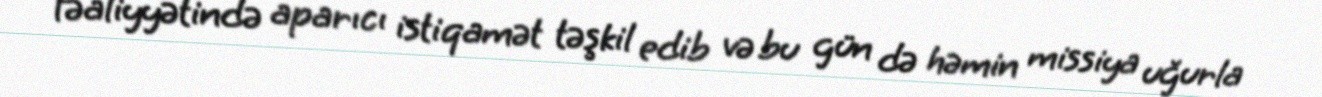
fəaliyyətində aparıcı istiqamət təşkil edib və bu gün də həmin missiya uğurla